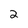
Character: 2